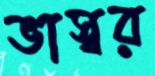
ভাস্বর